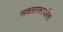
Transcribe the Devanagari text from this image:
अवतारकार्याला